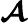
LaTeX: \mathbfcal{A}